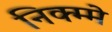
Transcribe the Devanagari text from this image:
निक्म्मे